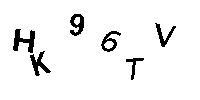
HK96TV